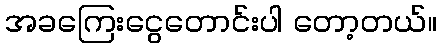
အခကြေးငွေတောင်းပါ တော့တယ်။